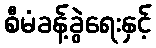
စီမံခန့်ခွဲရေးနှင့်